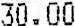
30.00